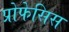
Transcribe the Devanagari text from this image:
प्रोफेसिस